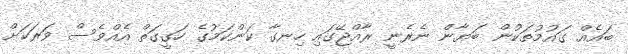
ބައެއް ގައުމުތަކުން ބަޔާން ނެރެނީ ރާއްޖޭގައި ހިނގާ ކަންކަމުގެ ހަގީގަތް އެއްވެސް ވަރަކަށް